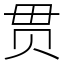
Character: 贯